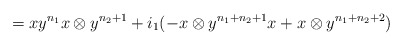
\begin{align*} = xy^{n_1}x \otimes y^{n_2+1} + i_1( - x \otimes y^{n_1+n_2+1}x + x \otimes y^{n_1+n_2+2}) \end{align*}